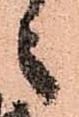
之